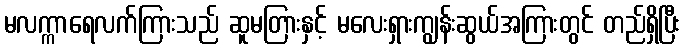
မလက္ကာရေလက်ကြားသည် ဆူမတြားနှင့် မလေးရှားကျွန်းဆွယ်အကြားတွင် တည်ရှိပြီး